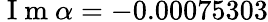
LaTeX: \mathrm{~I~m~}\alpha=-0.00075303